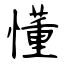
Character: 懂